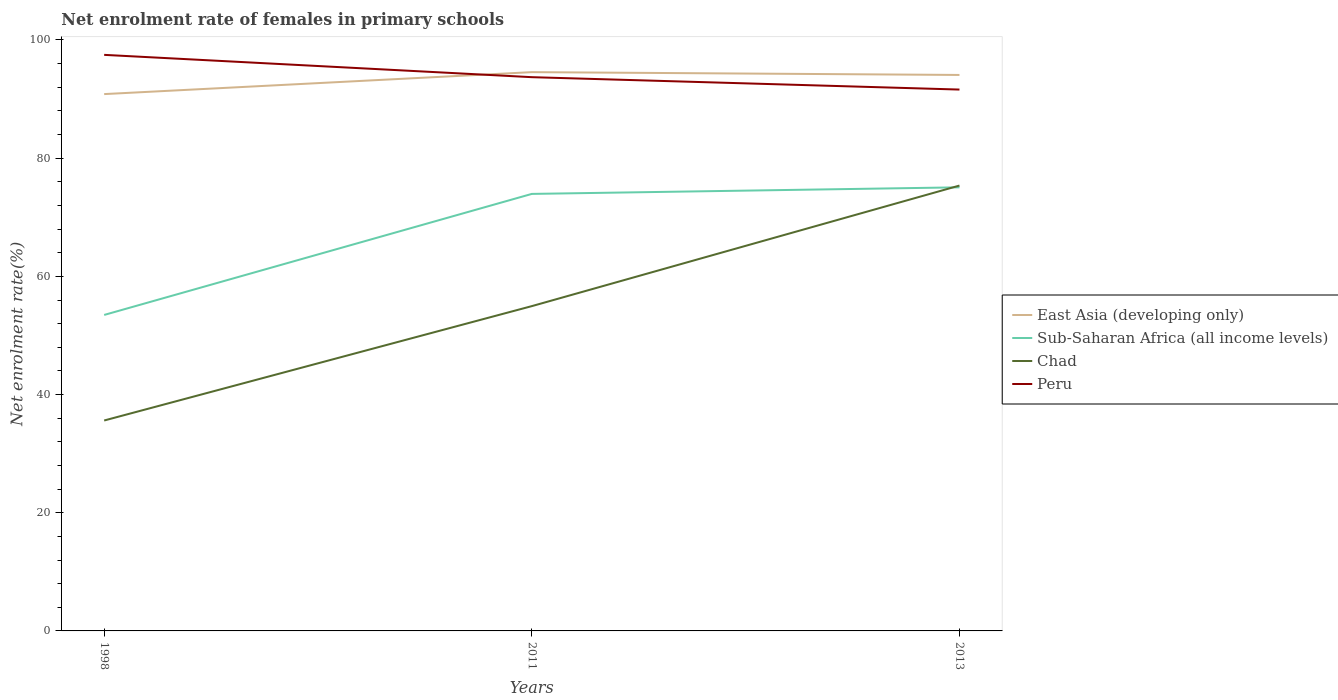
| Years | East Asia (developing only) | Sub-Saharan Africa (all income levels) | Chad | Peru |
 | --- | --- | --- | --- | --- |
 | 1998 | 90.8 | 53.5 | 35.6 | 97.5 |
 | 2011 | 94.6 | 74 | 55 | 93.7 |
 | 2013 | 94.1 | 75.1 | 75.4 | 91.6 |